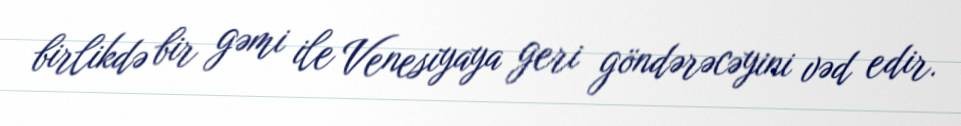
birlikdə bir gəmi ile Venesiyaya geri göndərəcəyini vəd edir.